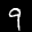
Label: 9